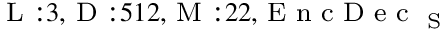
_ { \textrm { L } : 3 , \textrm { D } : 5 1 2 , \textrm { M } : 2 2 , \textrm { E n c D e c } _ { \textrm { S } } }